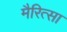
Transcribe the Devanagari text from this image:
मैरित्सा